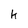
Character: k